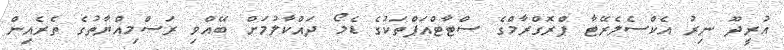
އުރީދޫ ނިރު އެކްސެލެރޭޓާ ޕްރޮގްރާމްގެ ސްޓާޓްއަޕްތަކުގެ ޑެމޯ ދައްކާލުމަށް ބޭއްވި ރަސްމިއްޔާތުގެ ތެރެއިން